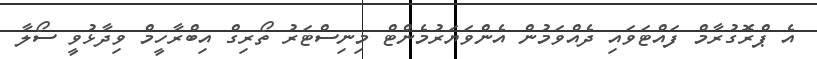
އެ ޕްރޮގުރާމް ފައްޓަވައި ދެއްވަމުން އެންވަޔަރުމެންޓް މިނިސްޓަރު ތޯރިގް އިބްރާހީމް ވިދާޅުވީ ސޯލާ